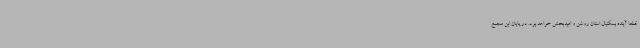
قطعا آینده بسکتبال استان روشن و امیدبخش خواهد بود. در پایان این مجمع